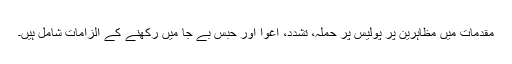
مقدمات میں مظاہرین پر پولیس پر حملہ، تشدد، اغوا اور حبسِ بے جا میں رکھنے کے الزامات شامل ہیں۔